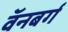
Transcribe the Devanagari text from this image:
वॅनबर्ग